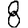
Digit: 8